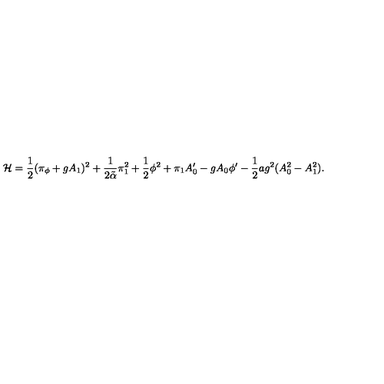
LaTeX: { \cal H } = { \frac { 1 } { 2 } } ( \pi _ { \phi } + g A _ { 1 } ) ^ { 2 } + { \frac { 1 } { 2 \tilde { \alpha } } } \pi _ { 1 } ^ { 2 } + { \frac { 1 } { 2 } } \phi ^ { 2 } + \pi _ { 1 } A _ { 0 } ^ { \prime } - g A _ { 0 } \phi ^ { \prime } - { \frac { 1 } { 2 } } a g ^ { 2 } ( A _ { 0 } ^ { 2 } - A _ { 1 } ^ { 2 } ) .